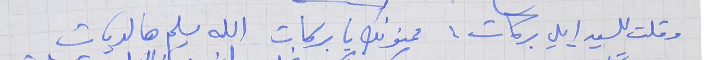
وقلت للسيد ايلي بركات : ممنونك يا بركات   الله يسلم هالديات